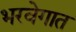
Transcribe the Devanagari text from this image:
भरवेगात